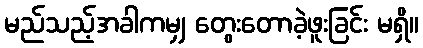
မည်သည့်အခါကမျှ တွေးတောခဲ့ဖူးခြင်း မရှိ။